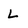
Character: L